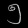
Digit: ၅